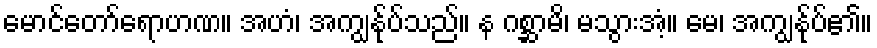
မောင်တော်ရောဟဏ။ အဟံ၊ အကျွန်ုပ်သည်။ န ဂစ္ဆာမိ၊ မသွားအံ့။ မေ၊ အကျွန်ုပ်၏။